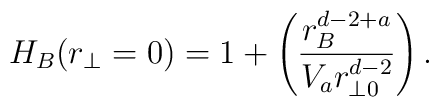
H_B(r_\perp =0) = 1 + \left({{ r_B^{d-2+a}} \over {V_ar^{d-2}_{\perp 0}}}  \right).